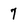
Character: 7